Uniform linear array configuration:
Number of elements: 16
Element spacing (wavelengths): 1
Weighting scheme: blackman
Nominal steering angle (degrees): -30
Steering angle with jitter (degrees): -28.238
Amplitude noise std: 0.05
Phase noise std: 0.05

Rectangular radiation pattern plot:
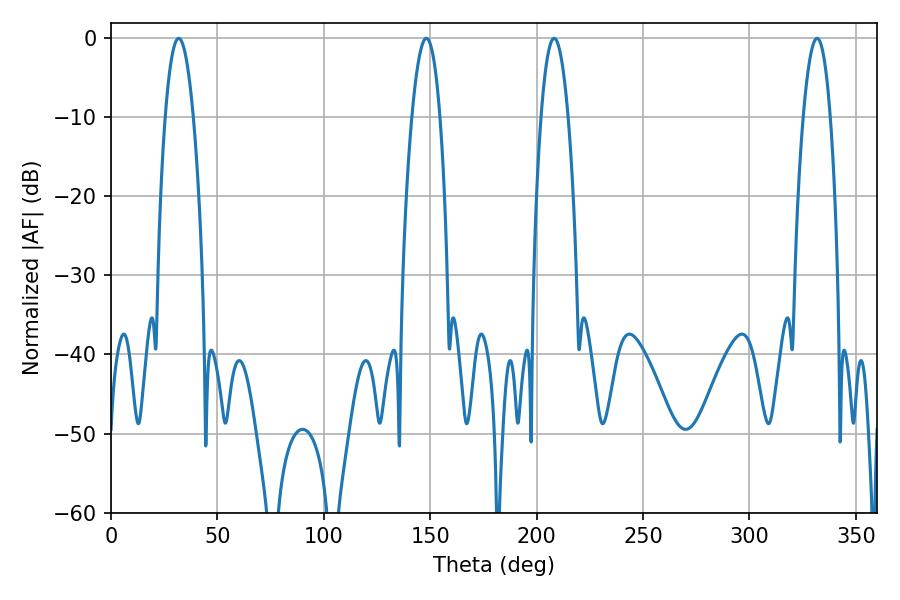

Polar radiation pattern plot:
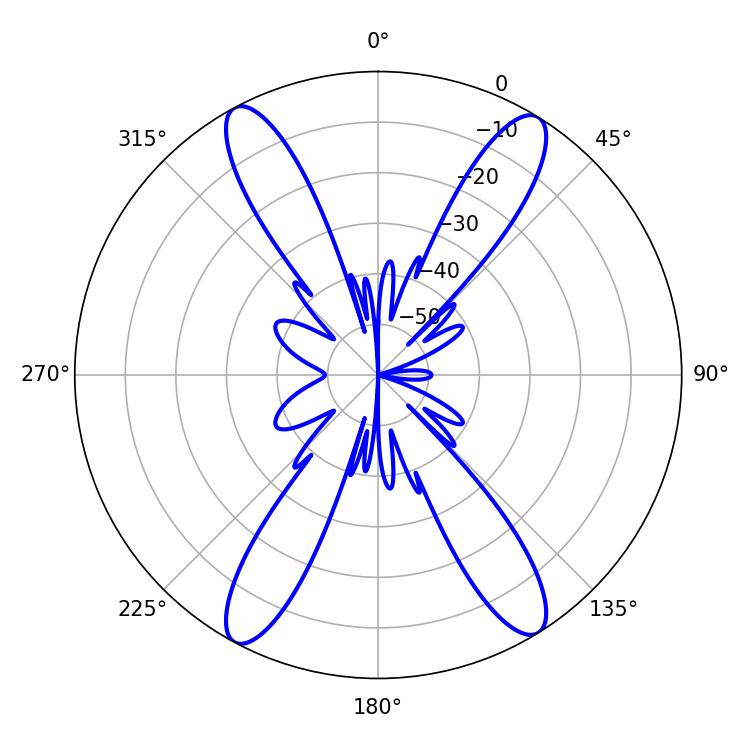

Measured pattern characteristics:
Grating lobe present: TRUE
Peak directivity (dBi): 20.107
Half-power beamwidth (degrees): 7.02
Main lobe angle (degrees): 331.74